Note on the mental hospitals in Burma - 1925-1940
Year: 1925
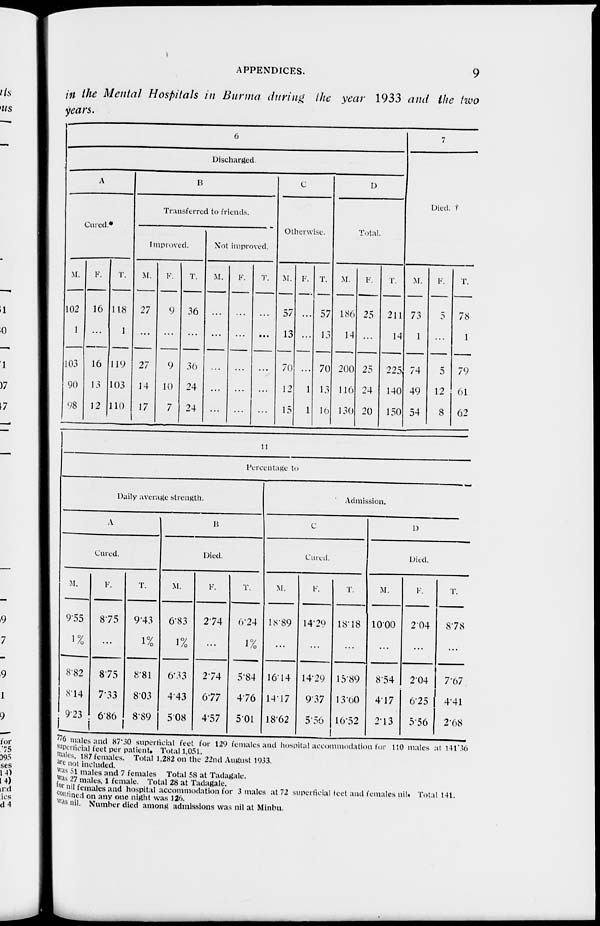
APPENDICES.
9
in the Mental Hospitals in Burma during the year 1933 and the two
years.
6
Discharged
A
Cured.*
M.
102
1
103
90
98
F.
16
...
16
13
12
T.
118
1
119
103
110
B
Transferred to friends.
Improved.
M.
27
...
27
14
17
F.
9
...
9
10
7
T.
36
...
36
24
24
Not improved.
M.
...
...
...
...
...
F.
...
...
...
...
...
T.
...
...
...
...
...
C
Otherwise.
M.
57
13
70
12
15
F.
...
...
...
1
1
T.
57
13
70
13
16
D
Total.
M.
186
14
200
116
130
F.
25
...
25
24
20
T.
211
14
225
140
150
7
Died. †
M.
73
1
74
49
54
F.
5
...
5
12
8
T.
78
1
79
61
62
11
Percentage to
Daily average strength.
A
Cured.
M.
9.55
1%
8.82
8.14
9.23
F.
8.75
...
8.75
7.33
6.86
T.
9.43
1%
8.81
8.03
8.89
B
Died.
M.
6.83
1%
6.33
4.43
5.08
F.
2.74
...
2.74
6.77
4.57
T.
6.24
1%
5.84
4.76
5.01
Admission.
C
Cured.
M.
18.89
...
16.14
14.17
18.62
F.
14.29
...
14.29
9.37
5 .56
T.
18.18
...
15.89
13.60
16.52
D
Died.
M.
10.00
...
8.54
4.17
2.13
F.
2.04
...
2.04
6.25
5.56
T.
8.78
...
7.67
4.41
2.68
776 males and 87.30 superficial feet for 129 females and hospital accommodation for 110 males at 141.36
superficial feet per patient. Total 1,051.
males. 187 females. Total 1,282 on the 22nd August 1933.
are not included.
was 51 males and 7 females Total 58 at Tadagale.
was 27 males, 1 female. Total 28 at Tadagale.
for nil females and hospital accommodation for 3 males at 72 superficial feet and females nil. Total 141.
contined on any one night was 126.
was nil. Number died among admissions was nil at Minbu.